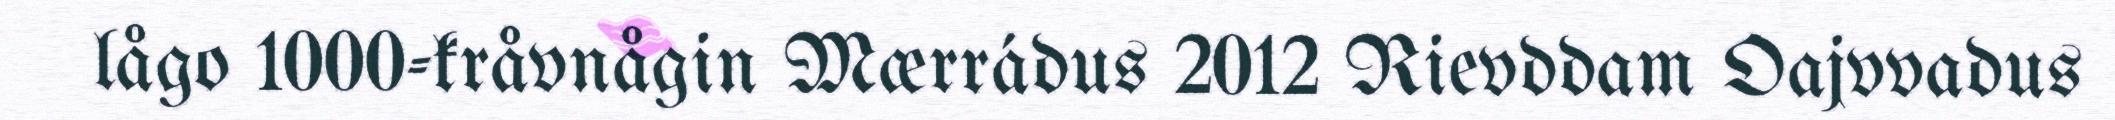
lågo 1000-kråvnågin Mærrádus 2012 Rievddam Oajvvadus